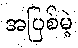
အပြစ်မဲ့